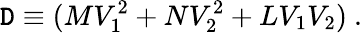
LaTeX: {\cal\mathtt{D}}\equiv(MV_{1}^{2}+NV_{2}^{2}+LV_{1}V_{2})\ .